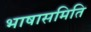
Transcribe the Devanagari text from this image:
भाषासमिति